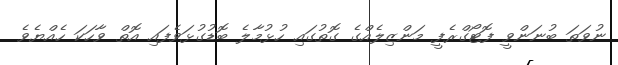
ނުވަތަ ބުނަންވީ ފޮޓޯގްރެފީ މަންޒިލެއްގެ ގޮތުގައި ހުޅުމާލެ ބޮޑުގުޅަވެފައި އޮތް ވާހަކަ ހެއްޔެވެ